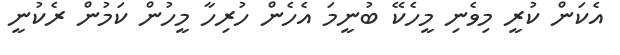
އެކަން ކުރީ މިވެނި މީހެކޭ ބުނީމަ އެހެން ހުރިހާ މީހުން ކަމުން ރެކުނީ